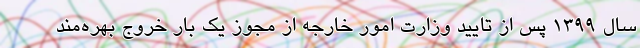
سال ۱۳۹۹ پس از تایید وزارت امور خارجه از مجوز یک بار خروج بهره‌مند